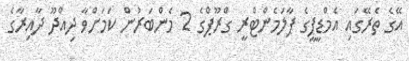
އޭގެ ތެރޭގައި އެމްޑީޕީގެ ޕާލަމެންޓްރީ ގްރޫޕްގެ 2 މެންބަރުން ކަމަށްވާ ދިއްދޫ ދާއިރާގެ